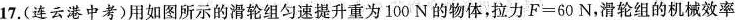
17.(连云港中考)用如图所示的滑轮组匀速提升重为100N的物体，拉力$$F = 60 N$$，滑轮组的机械效率